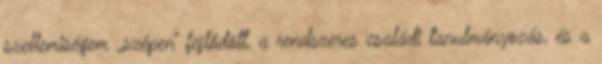
szellemiségem „szépen” fejlődött, a rendszeres családi tanulmányozás, és a